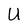
Character: U